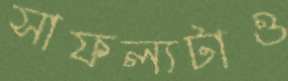
সাফল্যটাও